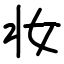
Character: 妆